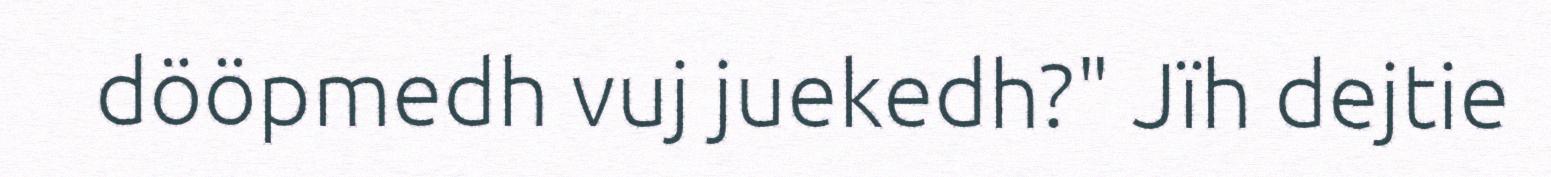
dööpmedh vuj juekedh?" Jïh dejtie